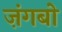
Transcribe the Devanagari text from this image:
ज़ंगबो